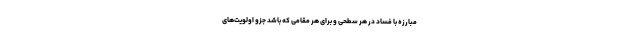
مبارزه با فساد در هر سطحی و برای هر مقامی که باشد جزو اولویت‌های